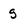
Character: s